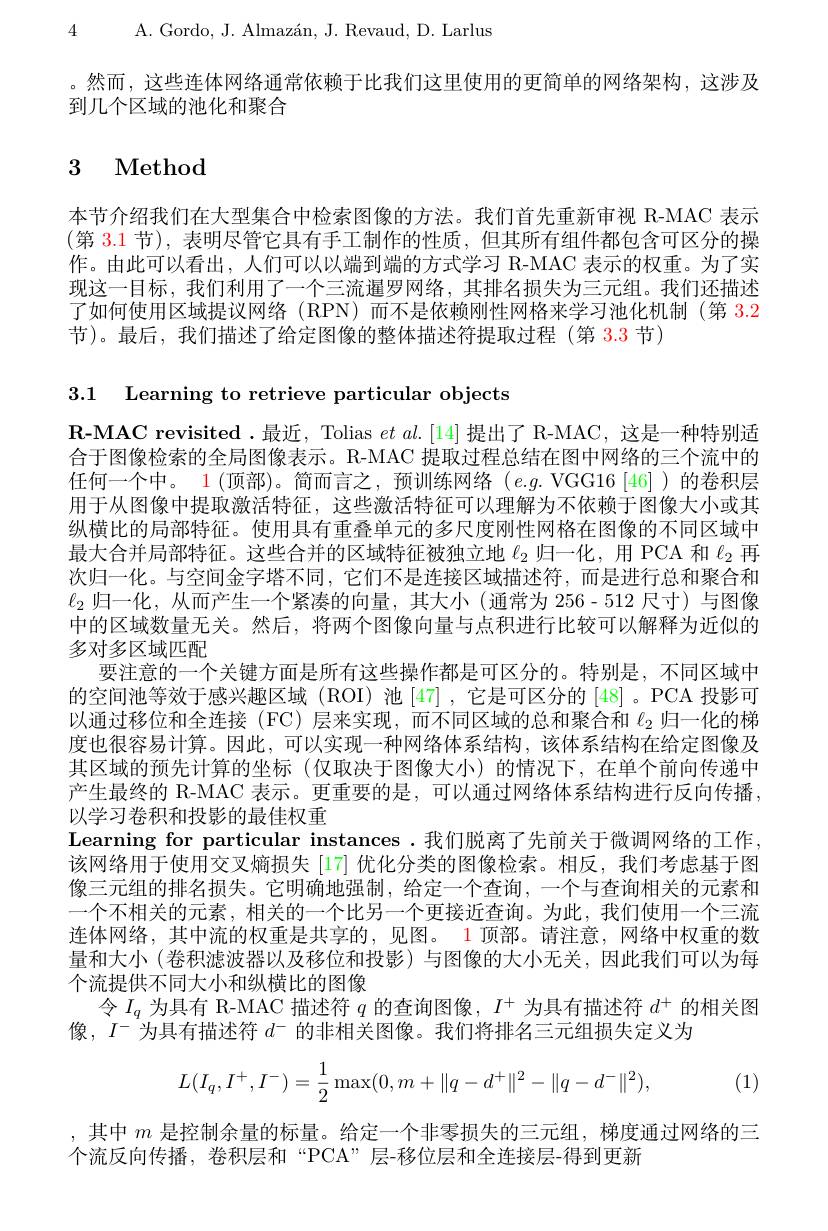
4 A. Gordo, J. Almazán, J. Revaud, D. Larlus

。然而，这些连体网络通常依赖于比我们这里使用的更简单的网络架构，这涉及
到几个区域的池化和聚合

# 3 Method

本节介绍我们在大型集合中检索图像的方法。我们首先重新审视 R-MAC 表示(第 3.1 节), 表明尽管它具有手工制作的性质，但其所有组件都包含可区分的操作。由此可以看出，人们可以以端到端的方式学习 R-MAC 表示的权重。为了实现这一目标，我们利用了一个三流暹罗网络，其排名损失为三元组。我们还描述了如何使用区域提议网络 (RPN)而不是依赖刚性网格来学习池化机制 (第 3.2节)。最后，我们描述了给定图像的整体描述符提取过程(第 3.3 节)

3.1 Learning to retrieve particular objects
$\mathbf{R}$-MAC revisited.最近，Tolias $etal.[14]$提出了 R-MAC,这是一种特别适合于图像检索的全局图像表示。R-MAC 提取过程总结在图中网络的三个流中的任何一个中。1 (顶部)。简而言之，预训练网络(e.g.VGG16[46])的卷积层用于从图像中提取激活特征，这些激活特征可以理解为不依赖于图像大小或其纵横比的局部特征。使用具有重叠单元的多尺度刚性网格在图像的不同区域中最大合并局部特征。这些合并的区域特征被独立地$\ell_{2}$归一化，用 PCA 和$\ell_{2}$再次归一化。与空间金字塔不同，它们不是连接区域描述符，而是进行总和聚合和$\ell_2$归一化，从而产生一个紧凑的向量，其大小(通常为 256-512 尺寸)与图像中的区域数量无关。然后，将两个图像向量与点积进行比较可以解释为近似的多对多区域匹配
要注意的一个关键方面是所有这些操作都是可区分的。特别是，不同区域中的空间池等效于感兴趣区域(ROI)池[47],它是可区分的[48]。PCA 投影可以通过移位和全连接(FC)层来实现，而不同区域的总和聚合和$\ell_{2}$归一化的梯度也很容易计算。因此，可以实现一种网络体系结构，该体系结构在给定图像及其区域的预先计算的坐标(仅取决于图像大小)的情况下，在单个前向传递中产生最终的 R-MAC 表示。更重要的是，可以通过网络体系结构进行反向传播， 以学习卷积和投影的最佳权重
Learning for particular instances .我们脱离了先前关于微调网络的工作， 该网络用于使用交叉熵损失[17] 优化分类的图像检索。相反，我们考虑基于图像三元组的排名损失。它明确地强制，给定一个查询，一个与查询相关的元素和一个不相关的元素 , 相关的一个比另一个更接近查询。为此，我们使用一个三流连体网络，其中流的权重是共享的，见图。1 顶部。请注意，网络中权重的数量和大小(卷积滤波器以及移位和投影)与图像的大小无关，因此我们可以为每个流提供不同大小和纵横比的图像
令$I_q$为具有 R-MAC 描述符$q$的查询图像，$I^+$为具有描述符$d^+$的相关图
像，$I^-$为具有描述符 $d^-$ 的非相关图像。我们将排名三元组损失定义为
$$\begin{aligned}L(I_q,I^+,I^-)=\frac{1}{2}\max(0,m+\|q-d^+\|^2-\|q-d^-\|^2),\end{aligned}$$
(1)

,其中$m$是控制余量的标量。给定一个非零损失的三元组，梯度通过网络的三
个流反向传播，卷积层和“PCA”层-移位层和全连接层-得到更新